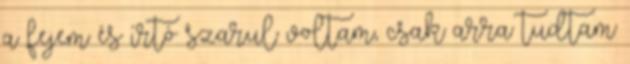
a fejem és írtó szarul voltam, csak arra tudtam